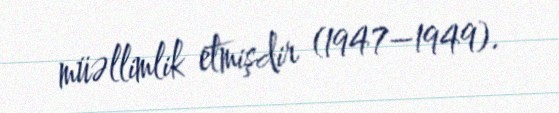
müəllimlik etmişdir (1947–1949).